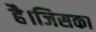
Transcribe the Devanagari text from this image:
है।जिसका